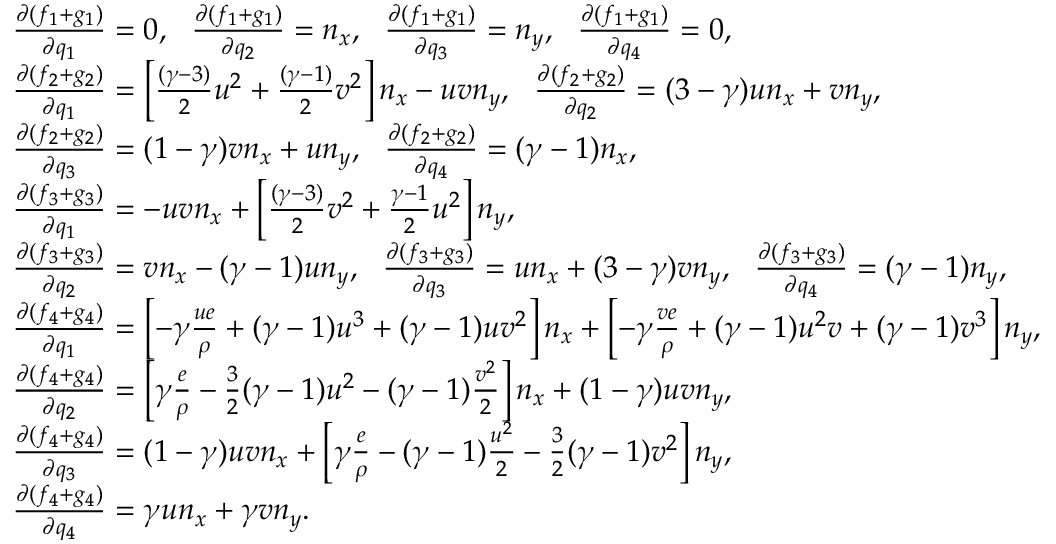
\begin{array} { r l } & { \frac { \partial ( f _ { 1 } + g _ { 1 } ) } { \partial q _ { 1 } } = 0 , \ \ \frac { \partial ( f _ { 1 } + g _ { 1 } ) } { \partial q _ { 2 } } = n _ { x } , \ \ \frac { \partial ( f _ { 1 } + g _ { 1 } ) } { \partial q _ { 3 } } = n _ { y } , \ \ \frac { \partial ( f _ { 1 } + g _ { 1 } ) } { \partial q _ { 4 } } = 0 , } \\ & { \frac { \partial ( f _ { 2 } + g _ { 2 } ) } { \partial q _ { 1 } } = \left[ \frac { ( \gamma - 3 ) } { 2 } u ^ { 2 } + \frac { ( \gamma - 1 ) } { 2 } v ^ { 2 } \right] n _ { x } - u v n _ { y } , \ \ \frac { \partial ( f _ { 2 } + g _ { 2 } ) } { \partial q _ { 2 } } = ( 3 - \gamma ) u n _ { x } + v n _ { y } , } \\ & { \frac { \partial ( f _ { 2 } + g _ { 2 } ) } { \partial q _ { 3 } } = ( 1 - \gamma ) v n _ { x } + u n _ { y } , \ \ \frac { \partial ( f _ { 2 } + g _ { 2 } ) } { \partial q _ { 4 } } = ( \gamma - 1 ) n _ { x } , } \\ & { \frac { \partial ( f _ { 3 } + g _ { 3 } ) } { \partial q _ { 1 } } = - u v n _ { x } + \left[ \frac { ( \gamma - 3 ) } { 2 } v ^ { 2 } + \frac { \gamma - 1 } { 2 } u ^ { 2 } \right] n _ { y } , } \\ & { \frac { \partial ( f _ { 3 } + g _ { 3 } ) } { \partial q _ { 2 } } = v n _ { x } - ( \gamma - 1 ) u n _ { y } , \ \ \frac { \partial ( f _ { 3 } + g _ { 3 } ) } { \partial q _ { 3 } } = u n _ { x } + ( 3 - \gamma ) v n _ { y } , \ \ \frac { \partial ( f _ { 3 } + g _ { 3 } ) } { \partial q _ { 4 } } = ( \gamma - 1 ) n _ { y } , } \\ & { \frac { \partial ( f _ { 4 } + g _ { 4 } ) } { \partial q _ { 1 } } = \left[ - \gamma \frac { u e } { \rho } + ( \gamma - 1 ) u ^ { 3 } + ( \gamma - 1 ) u v ^ { 2 } \right] n _ { x } + \left[ - \gamma \frac { v e } { \rho } + ( \gamma - 1 ) u ^ { 2 } v + ( \gamma - 1 ) v ^ { 3 } \right] n _ { y } , } \\ & { \frac { \partial ( f _ { 4 } + g _ { 4 } ) } { \partial q _ { 2 } } = \left[ \gamma \frac { e } { \rho } - \frac { 3 } { 2 } ( \gamma - 1 ) u ^ { 2 } - ( \gamma - 1 ) \frac { v ^ { 2 } } { 2 } \right] n _ { x } + ( 1 - \gamma ) u v n _ { y } , } \\ & { \frac { \partial ( f _ { 4 } + g _ { 4 } ) } { \partial q _ { 3 } } = ( 1 - \gamma ) u v n _ { x } + \left[ \gamma \frac { e } { \rho } - ( \gamma - 1 ) \frac { u ^ { 2 } } { 2 } - \frac { 3 } { 2 } ( \gamma - 1 ) v ^ { 2 } \right] n _ { y } , } \\ & { \frac { \partial ( f _ { 4 } + g _ { 4 } ) } { \partial q _ { 4 } } = \gamma u n _ { x } + \gamma v n _ { y } . } \end{array}